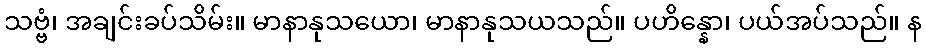
သဗ္ဗံ၊ အချင်းခပ်သိမ်း။ မာနာနုသယော၊ မာနာနုသယသည်။ ပဟိန္နော၊ ပယ်အပ်သည်။ န